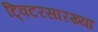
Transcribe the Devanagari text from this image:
ट्विटरसारख्या